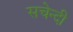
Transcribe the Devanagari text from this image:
सचेन्दी